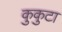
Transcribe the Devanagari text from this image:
कुकुटा